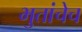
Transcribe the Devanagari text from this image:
भुतांचेच